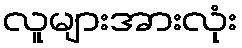
လူများအားလုံး